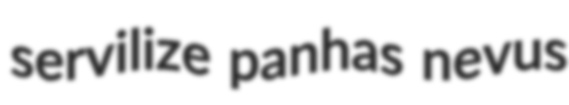
servilize panhas nevus